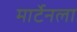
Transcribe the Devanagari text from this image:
मार्टेनला